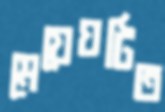
মেয়েঘটিত